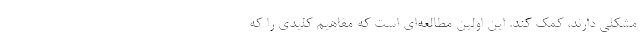
مشکلی دارند، کمک کند. این اولین مطالعه‌ای است که مفاهیم کلیدی را که